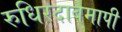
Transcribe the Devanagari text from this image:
रुधिरदाबमापी